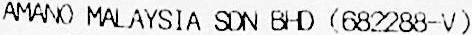
AMANO MALAYSIA SDN BHD (682288-V)